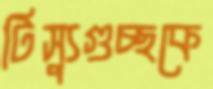
টিস্যুগুচ্ছকে